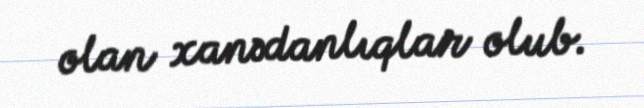
olan xanədanlıqlar olub.